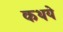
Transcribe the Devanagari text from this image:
कथये